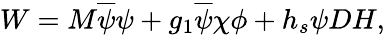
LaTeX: W=M\overline{{{\psi}}}\psi+g_{1}\overline{{{\psi}}}\chi\phi+h_{s}\psi DH,